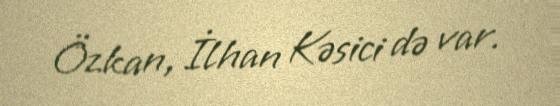
Özkan, İlhan Kəsici də var.